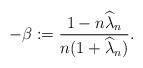
LaTeX: \begin{align*}-\beta:=\frac{1-n\widehat{\lambda}_{n}}{n(1+\widehat{\lambda}_{n})}.\end{align*}